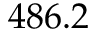
4 8 6 . 2